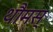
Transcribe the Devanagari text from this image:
थौमस्